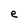
Character: e